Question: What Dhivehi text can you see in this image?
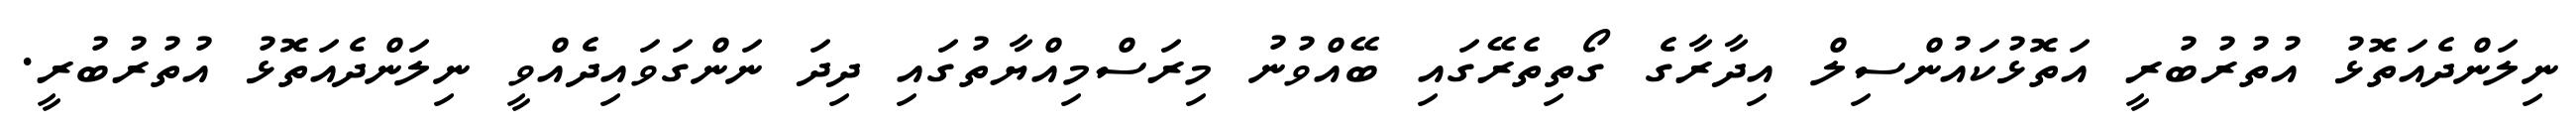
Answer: ނިލަންދެއަތޮޅު އުތުރުބުރީ އަތޮޅުކައުންސިލް އިދާރާގެ ގޯތިތެރޭގައި ބޭއްވުނު މިރަސްމިއްޔާތުގައި ދިދަ ނަންގަވައިދެއްވީ ނިލަންދެއަތޮޅު އުތުރުބުރީ.